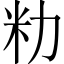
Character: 𫦨